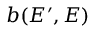
b ( E ^ { \prime } , E )